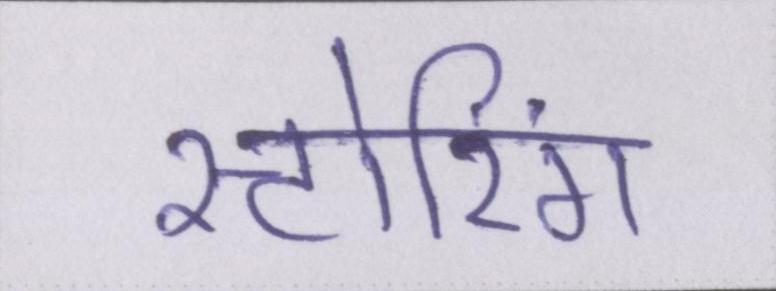
स्टोरिंग